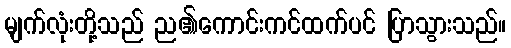
မျက်လုံးတို့သည် ည၏ကောင်းကင်ထက်ပင် ပြာသွားသည်။